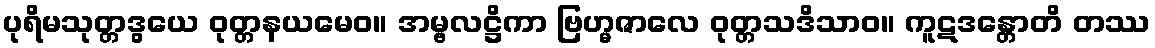
ပုရိမသုတ္တဒွယေ ဝုတ္တနယမေဝ။ အမ္ဗလဋ္ဌိကာ ဗြဟ္မဇာလေ ဝုတ္တသဒိသာဝ။ ကူဋဒန္တောတိ တဿ